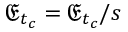
\mathfrak { E } _ { t _ { c } } = \mathfrak { E } _ { t _ { c } } / s